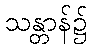
သန္တာန်၌